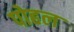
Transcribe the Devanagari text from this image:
पोहल